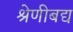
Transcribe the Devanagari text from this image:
श्रेणीबद्य